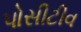
પોસીટીવ